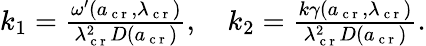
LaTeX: \begin{array}{r}{k_{1}=\frac{\omega^{\prime}(a_{\mathrm{~c~r~}},\lambda_{\mathrm{~c~r~}})}{\lambda_{\mathrm{~c~r~}}^{2}D(a_{\mathrm{~c~r~}})},\quad k_{2}=\frac{k\gamma(a_{\mathrm{~c~r~}},\lambda_{\mathrm{~c~r~}})}{\lambda_{\mathrm{~c~r~}}^{2}D(a_{\mathrm{~c~r~}})}.}\end{array}